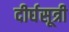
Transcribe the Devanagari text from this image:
दीर्घसूत्री